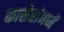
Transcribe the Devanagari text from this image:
कासेरांमध्यें